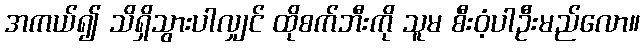
အကယ်၍ သိရှိသွားပါလျှင် ထိုစက်ဘီးကို သူမ စီးဝံ့ပါဦးမည်လော။